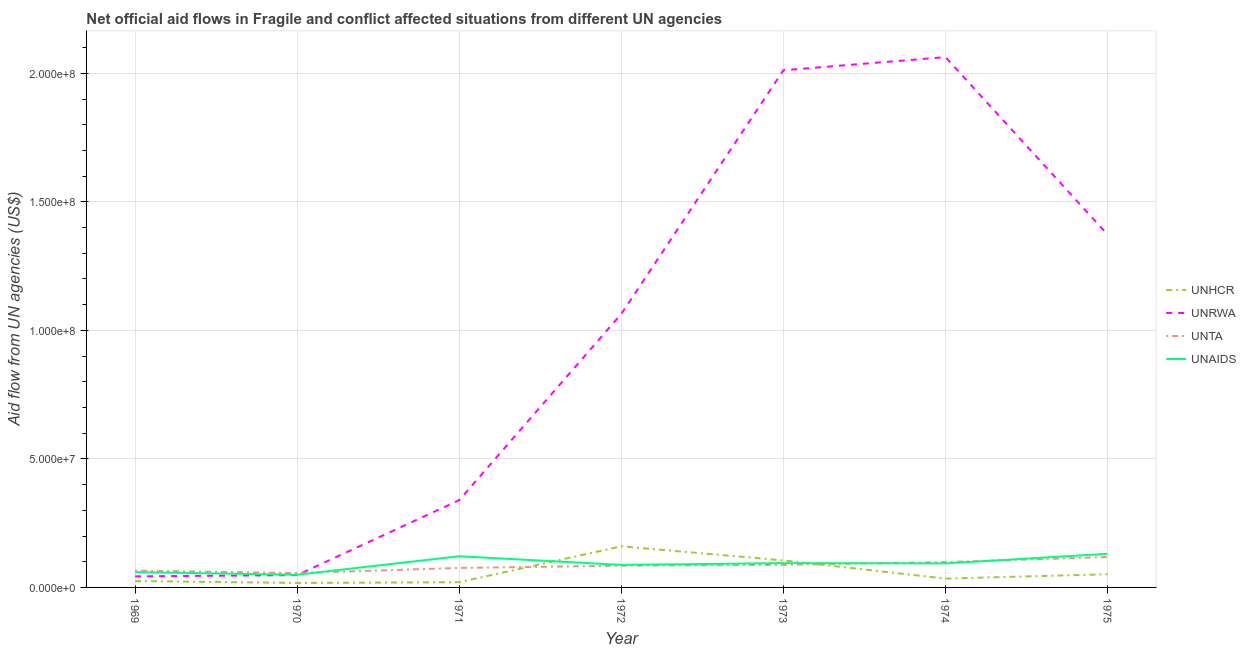
| Year | UNHCR | UNRWA | UNTA | UNAIDS |
 | --- | --- | --- | --- | --- |
 | 1969 | 2.48e+06 | 4.3e+06 | 6.55e+06 | 5.95e+06 |
 | 1970 | 1.74e+06 | 4.79e+06 | 5.59e+06 | 4.94e+06 |
 | 1971 | 2.03e+06 | 3.4e+07 | 7.58e+06 | 1.21e+07 |
 | 1972 | 1.6e+07 | 1.06e+08 | 8.46e+06 | 8.76e+06 |
 | 1973 | 1.05e+07 | 2.01e+08 | 8.78e+06 | 9.45e+06 |
 | 1974 | 3.44e+06 | 2.06e+08 | 9.86e+06 | 9.35e+06 |
 | 1975 | 5.13e+06 | 1.37e+08 | 1.18e+07 | 1.31e+07 |